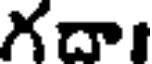
గదా